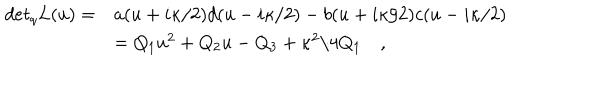
\begin{array} { l l } { { d e t _ { q } L ( u ) = } } & { { a ( u + i \kappa / 2 ) d ( u - i \kappa / 2 ) - b ( u + i \kappa / 2 ) c ( u - i \kappa / 2 ) } } \\ { { \, } } & { { = Q _ { 1 } u ^ { 2 } + Q _ { 2 } u - Q _ { 3 } + \kappa ^ { 2 } / 4 Q _ { 1 } \quad , } } \\ \end{array}